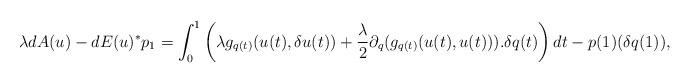
LaTeX: \begin{align*}\lambda dA(u)-dE(u)^*p_1=\int_0^1\left(\lambda g_{q(t)}(u(t),\delta u(t))+\frac{\lambda}{2}\partial_q(g_{q(t)}(u(t),u(t))).\delta q(t)\right)dt - p(1)(\delta q(1)),\end{align*}